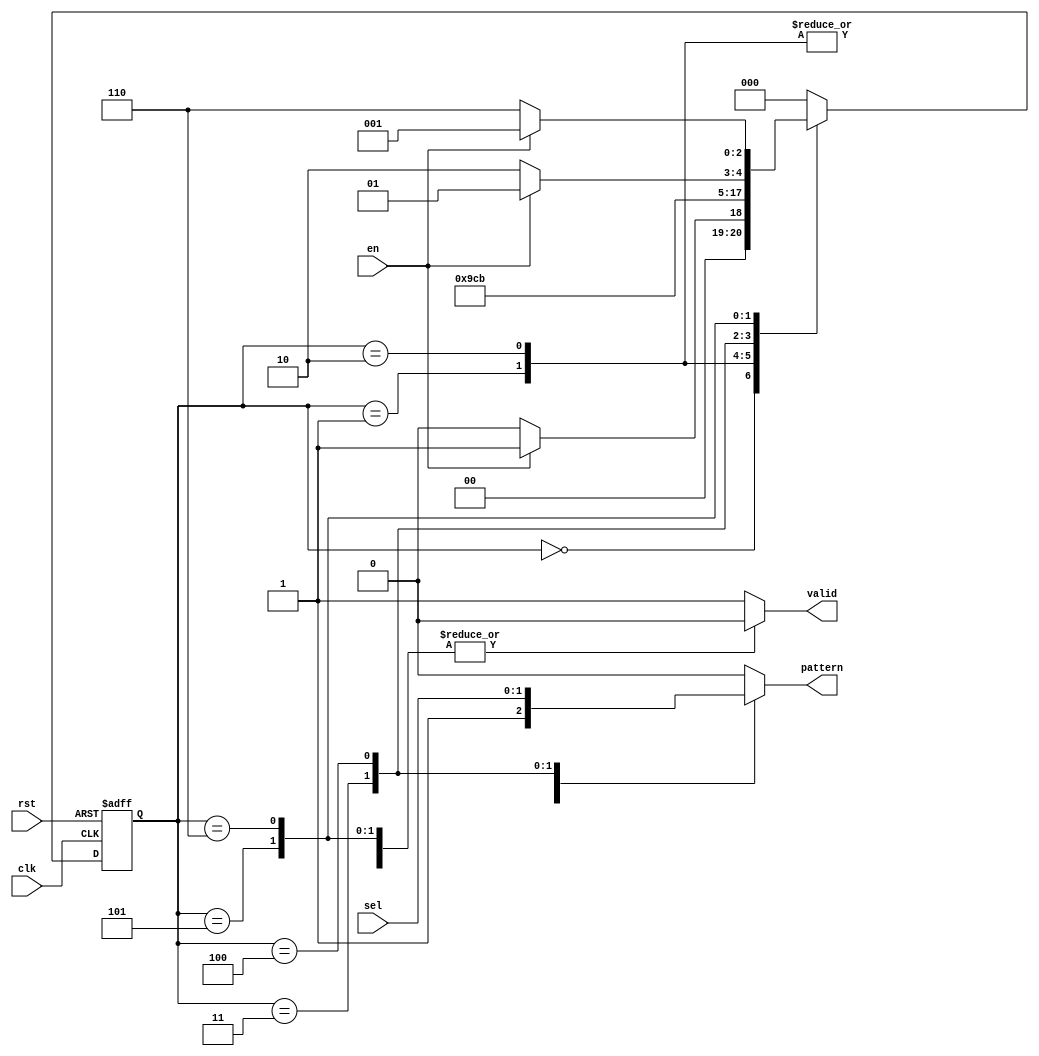
/////////////////////////////////////////////////////////////////////
// ---------------------- IVCAD 2023 Spring ---------------------- //
// ---------------------- Editor: Zhi-Yu Chen (Willy) ------------ //
// ---------------------- Version : v.1.00  ---------------------- //
// ---------------------- Date : 2023.03    ---------------------- //
// ---------------------- pattern_gen       ---------------------- // 
/////////////////////////////////////////////////////////////////////


module pattern_gen(clk, rst, en, sel, pattern, valid);


input clk, rst;
input en;
input [1:0] sel;
output pattern;
output valid;

reg [2:0] state,next_state;
reg pattern,valid;

parameter IDLE=3'd0;
parameter FIRST=3'd1;
parameter SECOND=3'd2;
parameter THIRD=3'd3;
parameter FORTH=3'd4;
parameter ENDD=3'd5;
parameter LOW=3'd6;

always@(*)
	case(state)
		IDLE:next_state=(en)?FIRST:IDLE;
		FIRST:next_state=SECOND;
		SECOND:next_state=THIRD;
		THIRD:next_state=FORTH;
		FORTH:next_state=ENDD;
		ENDD:next_state=(!en)?LOW:ENDD;
		LOW:next_state=(en)?FIRST:LOW;
		default:next_state=IDLE;
	endcase

always@(posedge clk or posedge rst)
	if(rst)
		state<=IDLE;
	else
		state<=next_state;

always@(*)
	case(state)
		FIRST:pattern=1'b1;
		SECOND:pattern=1'b1;
		THIRD:pattern=sel[1];
		FORTH:pattern=sel[0];
		default:pattern=1'b0;
	endcase

always@(*)
	case(state)
		IDLE:valid=1'b0;
		ENDD:valid=1'b0;
		LOW:valid=1'b0;
		default:valid=1'b1;
	endcase

endmodule